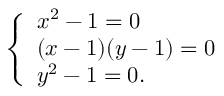
\left\{ \begin{array} { l l } { x ^ { 2 } - 1 = 0 } \\ { ( x - 1 ) ( y - 1 ) = 0 } \\ { y ^ { 2 } - 1 = 0 . } \end{array} \right.